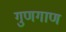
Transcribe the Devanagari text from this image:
गुणगाण